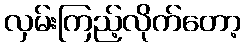
လှမ်းကြည့်လိုက်တော့